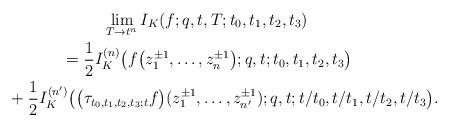
LaTeX: \begin{gather*}\lim_{T\to t^n} I_K (f;q,t,T;t_0,t_1,t_2,t_3) \\{}=\frac{1}{2}I^{(n)}_K\big(f\big(z_1^{\pm 1},\dots,z_n^{\pm 1}\big);q,t;t_0,t_1,t_2,t_3\big) \\\qquad{}+ \frac{1}{2} I^{(n')}_K\big(\big(\tau_{t_0,t_1,t_2,t_3;t}f\big)(z_1^{\pm 1},\dots,z_{n'}^{\pm 1});q,t;t/t_0,t/t_1,t/t_2,t/t_3\big).\end{gather*}